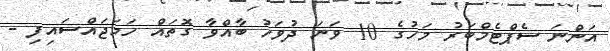
އަންނަ ސެޕްޓެމްބަރު މަހުގެ 10 ވަނަ ދުވަހު ބާއްވާ ގޮތައް ހަމަޖައްސައިފި -